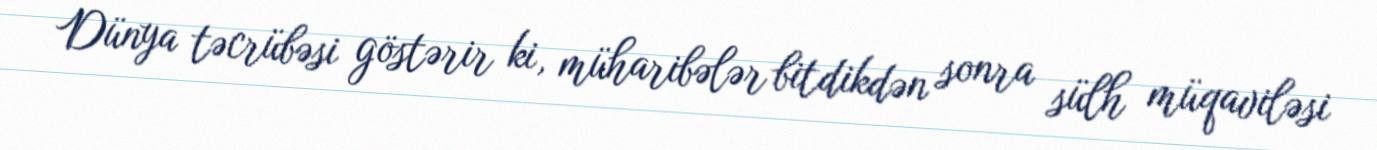
Dünya təcrübəsi göstərir ki, müharibələr bitdikdən sonra sülh müqaviləsi